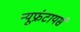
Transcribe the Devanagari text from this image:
न्यूफ्रंटायर्स